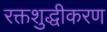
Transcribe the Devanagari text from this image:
रक्तशुद्धीकरण